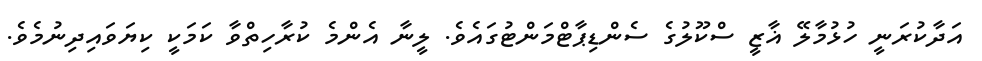
އަދާކުރަނީ ހުޅުމާލޭ ޣާޒީ ސްކޫލުގެ ސެންޑިޕާޓްމަންޓުގައެވެ. ލީނާ އެންމެ ކުރާހިތްވާ ކަމަކީ ކިޔަވައިދިނުމެވެ.